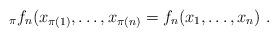
LaTeX: \begin{align*}_\pi f_n(x_{\pi(1)},\ldots,x_{\pi(n)} =f_n(x_1,\ldots,x_n)\ .\end{align*}